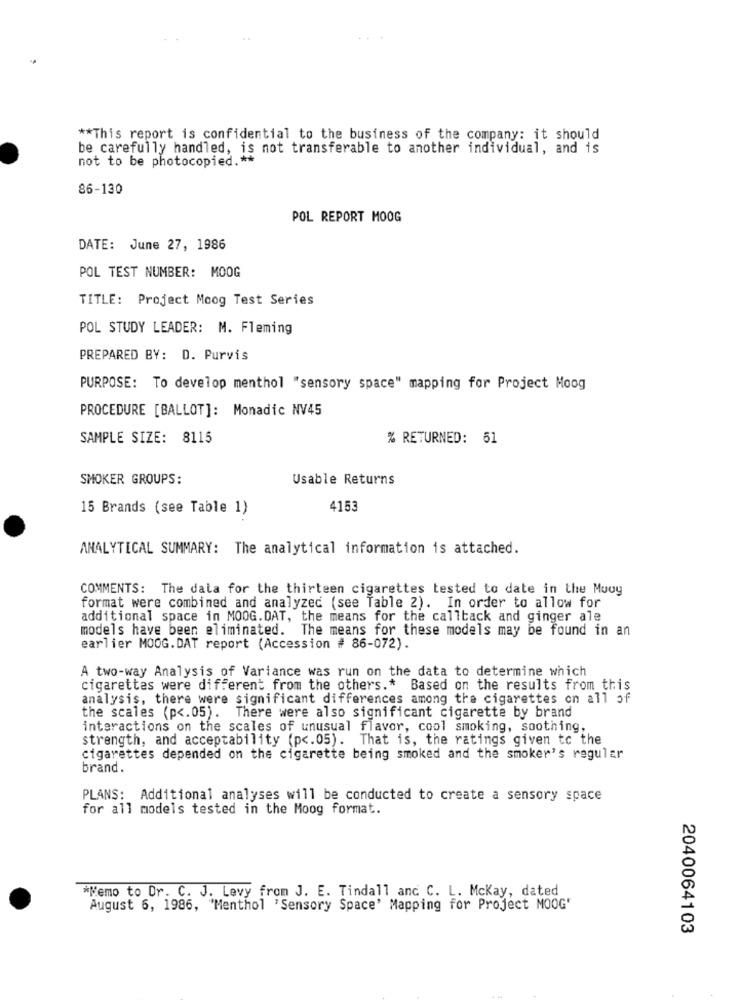
** This report is confidential to the business of the company: it should
be carefully handled, is not transferable to another individual, and is
not to be photocopied .**
86-130
POL REPORT MOOG
DATE: June 27, 1986
POL TEST NUMBER: MOOG
TITLE: Project Moog Test Series
POL STUDY LEADER: M. Fleming
PREPARED BY: D. Purvis
PURPOSE: To develop menthol "sensory space" mapping for Project Moog
PROCEDURE [BALLOT]: Monadic NV45
SAMPLE SIZE: 8115
% RETURNED: 51
SMOKER GROUPS:
Usable Returns
15 Brands (see Table 1)
4153
ANALYTICAL SUMMARY: The analytical information is attached.
COMMENTS: The data for the thirteen cigarettes tested to date in the Muuy
format were combined and analyzed (see Table 2). In order to allow for
additional space in MOOG. DAT, the means for the callback and ginger ale
models have been eliminated. The means for these models may be found in an
earlier MOOG. DAT report (Accession # 86-072).
A two-way Analysis of Variance was run on the data to determine which
cigarettes were different from the others .* Based on the results from this
analysis, there were significant differences among the cigarettes on all of
the scales (p <. 05). There were also significant cigarette by brand
interactions on the scales of unusual flavor, cool smoking, soothing,
strength, and acceptability (p <. 05). That is, the ratings given to the
cigarettes depended on the cigarette being smoked and the smoker's regular
brand.
PLANS: Additional analyses will be conducted to create a sensory space
for all models tested in the Moog format.
*Memo to Dr. C. J. Levy from J. E. Tindall and C. L. Mckay, dated
August 6, 1986, "Menthol 'Sensory Space' Mapping for Project MOOG'
2040064103